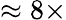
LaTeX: \approx 8\times